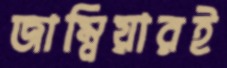
জাম্বিয়ারই